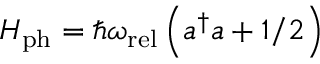
H _ { \mathrm { p h } } = \hbar \omega _ { \mathrm { r e l } } \left( a ^ { \dagger } a + 1 / 2 \right)